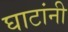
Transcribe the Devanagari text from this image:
घाटांनी